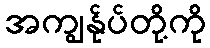
အကျွန်ုပ်တို့ကို